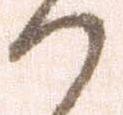
か